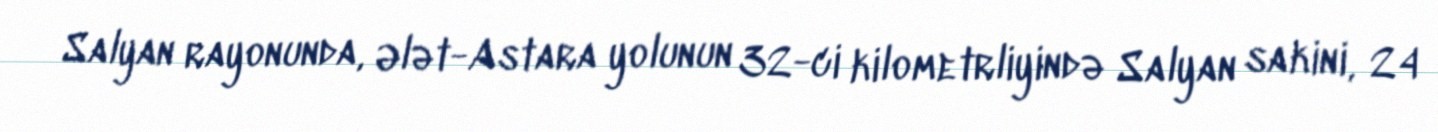
Salyan rayonunda, Ələt-Astara yolunun 32-ci kilometrliyində Salyan sakini, 24